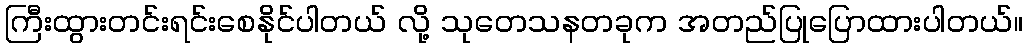
ကြီးထွားတင်းရင်းစေနိုင်ပါတယ် လို့ သုတေသနတခုက အတည်ပြုပြောထားပါတယ်။